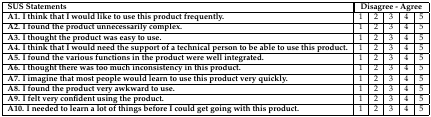
| SUS Statements | <COLSPAN=5> Disagree - Agree |
 | --- | --- | --- | --- | --- | --- |
 | A1. I think that I would like to use this product frequently. | 1 | 2 | 3 | 4 | 5 |
 | A2. I found the product unnecessarily complex. | 1 | 2 | 3 | 4 | 5 |
 | A3. I thought the product was easy to use. | 1 | 2 | 3 | 4 | 5 |
 | A4. I think that I would need the support of a technical person to be able to use this product. | 1 | 2 | 3 | 4 | 5 |
 | A5. I found the various functions in the product were well integrated. | 1 | 2 | 3 | 4 | 5 |
 | A6. I thought there was too much inconsistency in this product. | 1 | 2 | 3 | 4 | 5 |
 | A7. I imagine that most people would learn to use this product very quickly. | 1 | 2 | 3 | 4 | 5 |
 | A8. I found the product very awkward to use. | 1 | 2 | 3 | 4 | 5 |
 | A9. I felt very confident using the product. | 1 | 2 | 3 | 4 | 5 |
 | A10. I needed to learn a lot of things before I could get going with this product. | 1 | 2 | 3 | 4 | 5 |